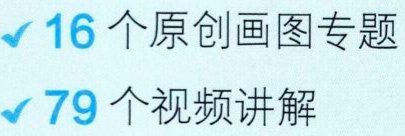
$\checkmark 16$ 个原创画图专题\\
$\checkmark 79$ 个视频讲解